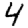
Digit: 4